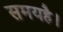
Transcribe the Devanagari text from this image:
समयहै।